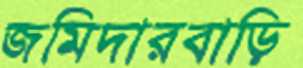
জমিদারবাড়ি